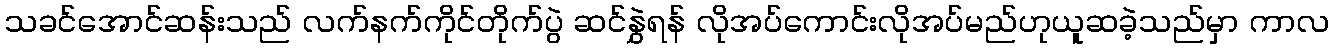
သခင်အောင်ဆန်းသည် လက်နက်ကိုင်တိုက်ပွဲ ဆင်နွှဲရန် လိုအပ်ကောင်းလိုအပ်မည်ဟုယူဆခဲ့သည်မှာ ကာလ